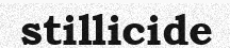
stillicide